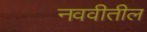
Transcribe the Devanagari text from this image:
नववीतील